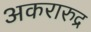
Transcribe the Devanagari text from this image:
अकरारुद्र